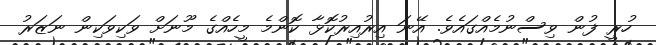
ހުރީ ފުން ވިސްނުމެއްގައެވެ. އޭނަ އިރުއިރުކޮޅާ ކޮންމެ މީހެއްގެ މޫނަށް ވަކިވަކިން ނަޒަރު